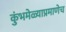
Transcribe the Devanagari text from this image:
कुंभमेळ्याप्रमाणेच